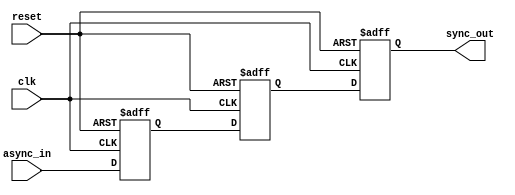
module TwoFF_Metastability_Detector (
    input wire clk,          // Synchronous clock input
    input wire async_in,     // Asynchronous input signal
    input wire reset,        // Reset signal
    output reg sync_out      // Synchronized output signal
);

    reg out1;               // Output of the first flip-flop
    reg out2;               // Output of the second flip-flop

    // First Flip-Flop (FF1)
    always @(posedge clk or posedge reset) begin
        if (reset) begin
            out1 <= 1'b0;   // Initialize to known state on reset
        end else begin
            out1 <= async_in; // Sample the asynchronous input
        end
    end

    // Second Flip-Flop (FF2)
    always @(posedge clk or posedge reset) begin
        if (reset) begin
            out2 <= 1'b0;   // Initialize to known state on reset
        end else begin
            out2 <= out1;   // Sample the output of the first flip-flop
        end
    end

    // Output assignment
    always @(posedge clk or posedge reset) begin
        if (reset) begin
            sync_out <= 1'b0; // Initialize output on reset
        end else begin
            sync_out <= out2; // Final synchronized output
        end
    end

endmodule